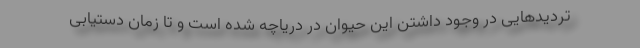
تردیدهایی در وجود داشتن این حیوان در دریاچه شده است و تا زمان دستیابی